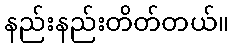
နည်းနည်းတိတ်တယ်။